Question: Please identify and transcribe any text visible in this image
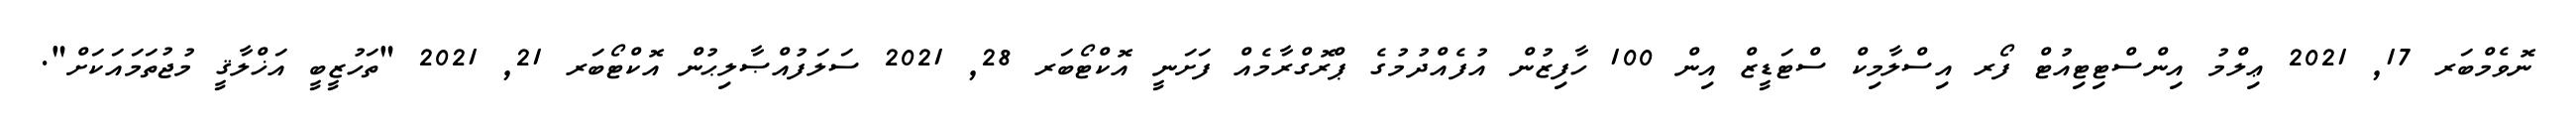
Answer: ނޮވެމްބަރ 17, 2021 ޢިލްމު އިންސްޓިޓިއުޓް ފޯރ އިސްލާމިކް ސްޓަޑީޒް އިން 100 ހާފިޒުން އުފެއްދުމުގެ ޕްރޮގްރާމެއް ފަށަނީ އޮކްޓޯބަރ 28, 2021 ސަލަފުއްޞާލިޙުން އޮކްޓޯބަރ 21, 2021 "ތަހުޒީބީ އަޚްލާޤީ މުޖުތަމައަކަށް".